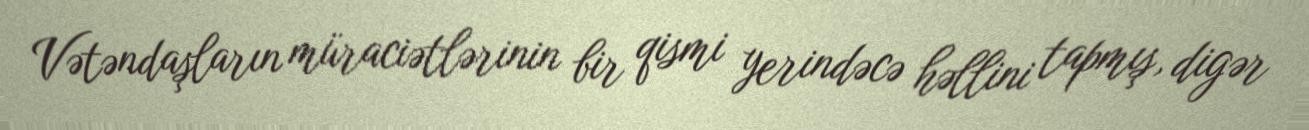
Vətəndaşların müraciətlərinin bir qismi yerindəcə həllini tapmış, digər